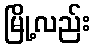
မြို့လည်း